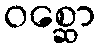
ဝစ္ဆော